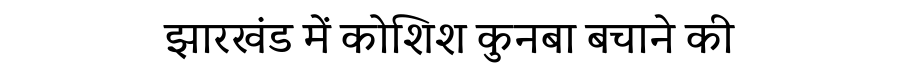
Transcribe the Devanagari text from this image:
झारखंड में कोशिश कुनबा बचाने की